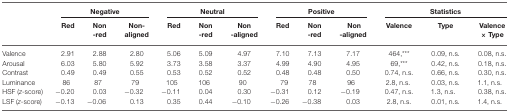
<table><thead><tr><td></td><td colspan="3"><b>Negative</b></td><td colspan="3"><b>Neutral</b></td><td colspan="3"><b>Positive</b></td><td colspan="3"><b>Statistics</b></td></tr><tr><td></td><td><b>Red</b></td><td><b>Non-red</b></td><td><b>Non-aligned</b></td><td><b>Red</b></td><td><b>Non-red</b></td><td><b>Non-aligned</b></td><td><b>Red</b></td><td><b>Non-red</b></td><td><b>Non-aligned</b></td><td><b>Valence</b></td><td><b>Type</b></td><td><b>Valence × Type</b></td></tr></thead><tbody><tr><td>Valence</td><td>2.91</td><td>2.88</td><td>2.80</td><td>5.06</td><td>5.09</td><td>4.97</td><td>7.10</td><td>7.13</td><td>7.17</td><td>464,***</td><td>0.09, n.s.</td><td>0.08, n.s.</td></tr><tr><td>Arousal</td><td>6.03</td><td>5.80</td><td>5.92</td><td>3.73</td><td>3.58</td><td>3.37</td><td>4.99</td><td>4.90</td><td>4.95</td><td>69,***</td><td>0.42, n.s.</td><td>0.18, n.s.</td></tr><tr><td>Contrast</td><td>0.49</td><td>0.49</td><td>0.55</td><td>0.53</td><td>0.52</td><td>0.52</td><td>0.48</td><td>0.48</td><td>0.50</td><td>0.74, n.s.</td><td>0.66, n.s.</td><td>0.30, n.s.</td></tr><tr><td>Luminance</td><td>86</td><td>87</td><td>79</td><td>105</td><td>106</td><td>90</td><td>79</td><td>78</td><td>96</td><td>2.8, n.s.</td><td>0.03, n.s.</td><td>1.1, n.s.</td></tr><tr><td>HSF (<i>z</i>-score)</td><td>−0.20</td><td>0.03</td><td>−0.32</td><td>−0.11</td><td>0.04</td><td>0.30</td><td>−0.31</td><td>0.12</td><td>−0.19</td><td>0.47, n.s.</td><td>1.3, n.s.</td><td>0.38, n.s.</td></tr><tr><td>LSF (<i>z</i>-score)</td><td>−0.13</td><td>−0.06</td><td>0.13</td><td>0.35</td><td>0.44</td><td>−0.10</td><td>−0.26</td><td>−0.38</td><td>0.03</td><td>2.8, n.s.</td><td>0.01, n.s.</td><td>1.4, n.s.</td></tr></tbody></table>